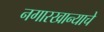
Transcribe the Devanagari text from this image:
नगारखान्याचे